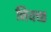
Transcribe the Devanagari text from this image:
नियच्छ